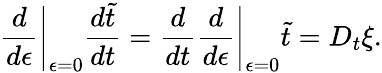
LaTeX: \left.\frac{d}{d\epsilon}\right|_{\epsilon=0}\frac{d\tilde{t}}{dt}=\frac{d}{dt}\left.\frac{d}{d\epsilon}\right|_{\epsilon=0}\tilde{t}=D_{t}\xi.